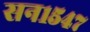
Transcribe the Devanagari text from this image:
सन१५४७